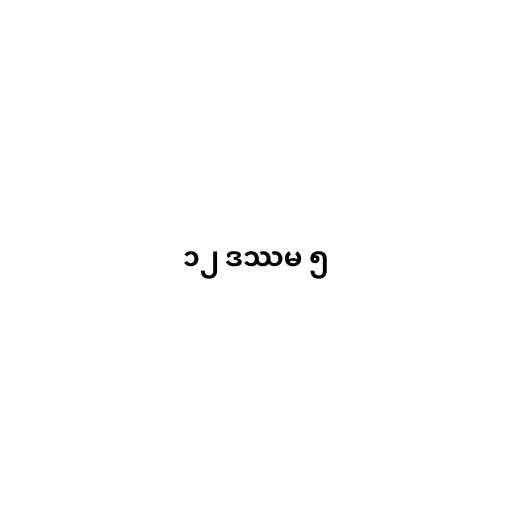
၁၂ ဒဿမ ၅